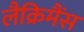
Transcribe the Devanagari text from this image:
लैक्रिमैंस